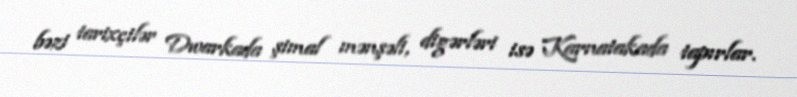
bəzi tarixçilər Dwarkada şimal mənşəli, digərləri isə Karnatakada tapırlar.